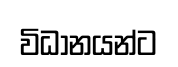
විධානයන්ට